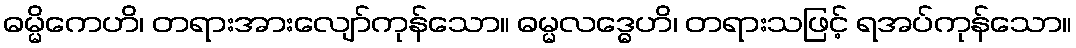
ဓမ္မိကေဟိ၊ တရားအားလျော်ကုန်သော။ ဓမ္မလဒ္ဓေဟိ၊ တရားသဖြင့် ရအပ်ကုန်သော။